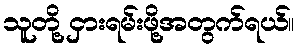
သူတို့ ငှားရမ်းဖို့အတွက်ရယ်။